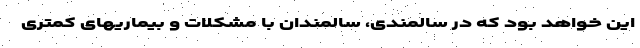
این خواهد بود که در سالمندی، سالمندان با مشکلات و بیماریهای کمتری